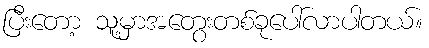
ပြီးတော့ သူ့မှာအတွေးတစ်ခုပေါ်လာပါတယ်။